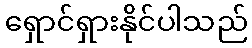
ရှောင်ရှားနိုင်ပါသည်